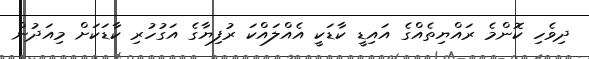
ދިވެހި ކޮންމެ ރައްޔިތެއްގެ އައިޑީ ކާޑަކީ އެއްލައްކަ ރުފިޔާގެ އަގުހުރި ކާޑަކަށް މިއަދުން